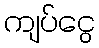
ကျပ်ငွေ